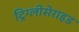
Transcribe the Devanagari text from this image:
ट्रिग्लीसेराइड